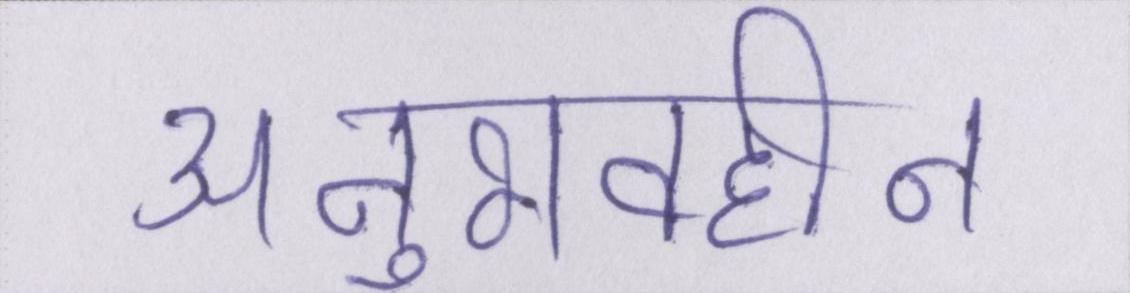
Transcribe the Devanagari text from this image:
अनुभवहीन